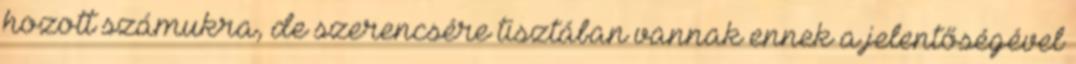
hozott számukra, de szerencsére tisztában vannak ennek a jelentőségével